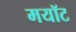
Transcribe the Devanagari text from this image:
मयॉट